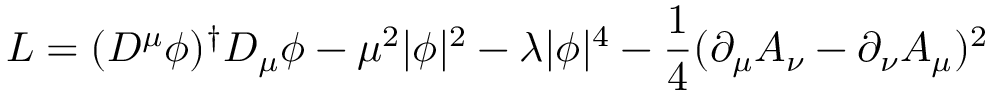
{ \cal L } = ( D ^ { \mu } \phi ) ^ { \dagger } D _ { \mu } \phi - \mu ^ { 2 } | \phi | ^ { 2 } - \lambda | \phi | ^ { 4 } - \frac { 1 } { 4 } ( \partial _ { \mu } A _ { \nu } - \partial _ { \nu } A _ { \mu } ) ^ { 2 }